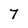
Character: 7